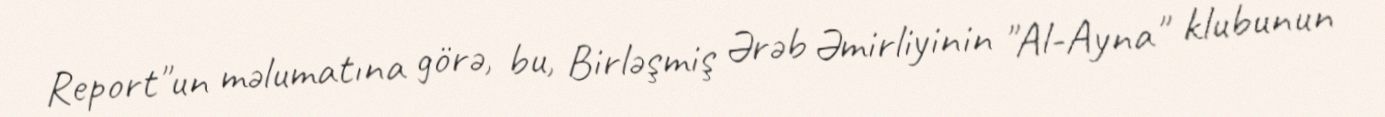
Report"un məlumatına görə, bu, Birləşmiş Ərəb Əmirliyinin "Al-Ayna" klubunun